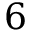
6